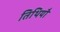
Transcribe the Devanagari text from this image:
तिथियौ